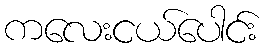
ကလေးငယ်ပေါင်း